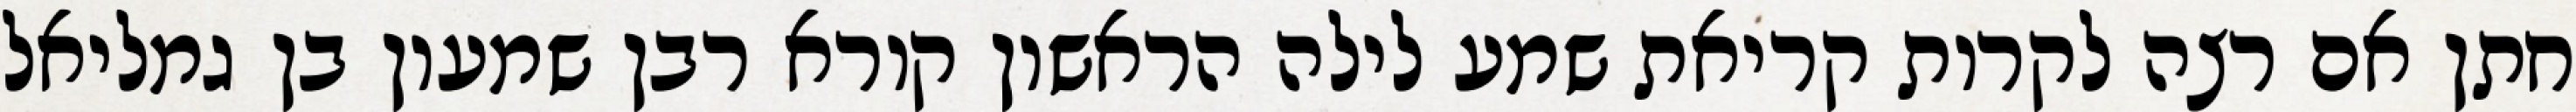
חתן אם רצה לקרות קריאת שמע לילה הראשון קורא רבן שמעון בן גמליאל